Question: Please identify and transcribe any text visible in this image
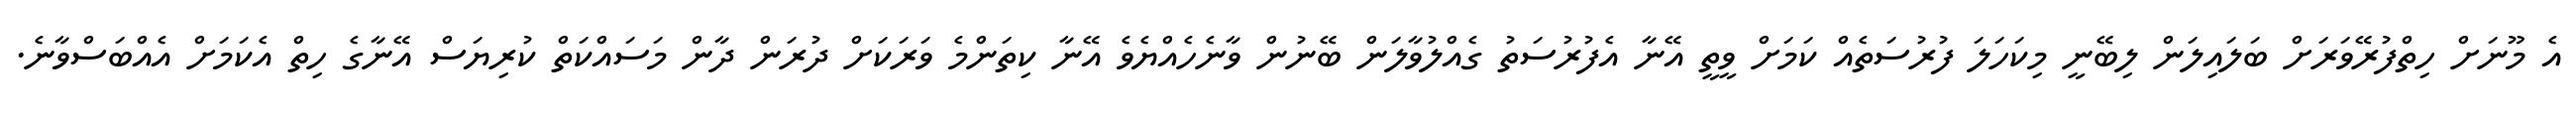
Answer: އެ މޫނަށް ހިތްފުރޭވަރަށް ބަލައިލަން ލިބޭނީ މިކަހަލަ ފުރުސަތެއް ކަމަށް ވީތީ އޭނާ އެފުރުސަތު ގެއްލުވާލަން ބޭނުން ވާނެހެއްޔެވެ އޭނާ ކިތަންމެ ވަރަކަށް ދުރަން ދާން މަސައްކަތް ކުރިޔަސް އޭނާގެ ހިތް އެކަމަށް އެއްބަސްވާނެ.